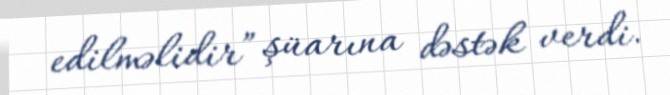
edilməlidir” şüarına dəstək verdi.